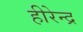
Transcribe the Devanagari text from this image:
हीरेन्द्र